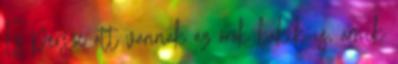
És persze ott vannak az örök bakik is, amik